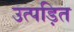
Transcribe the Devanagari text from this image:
उत्पड़ित